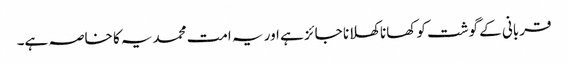
قربانی کے گوشت کو کھانا کھلانا جائز ہے اور یہ امت محمدیہ کا خاصہ ہے۔